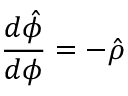
\frac { d \hat { \phi } } { d \phi } = - \hat { \rho }